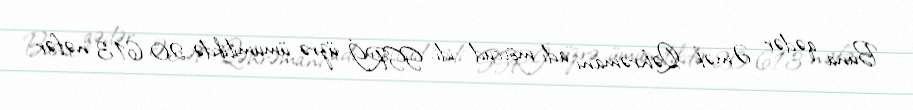
Buna qədər Əmək Qəhrəmanı adı mövcud idi. SSRİ üzrə ümumilikdə 20 613 nəfər